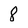
Character: 8